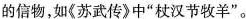
的信物，如《苏武传》中”杖汉节牧羊”。